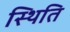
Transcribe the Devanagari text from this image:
स्थिति